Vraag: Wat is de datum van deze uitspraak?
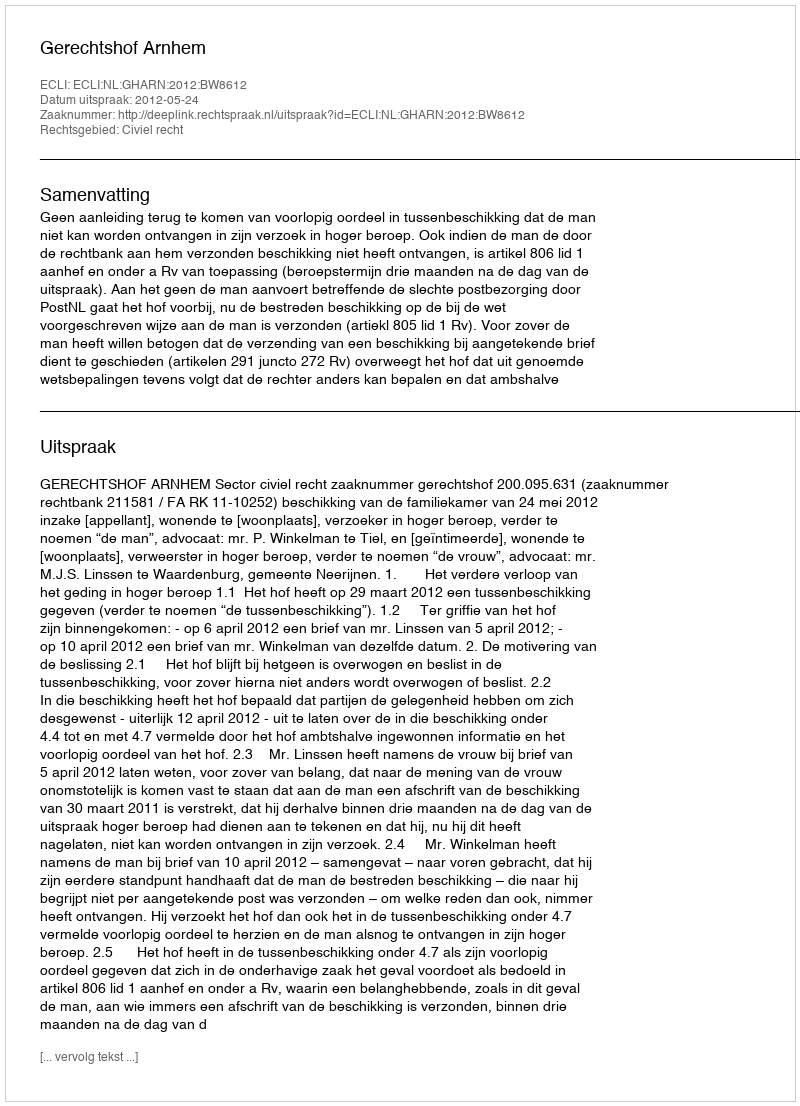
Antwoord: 2012-05-24